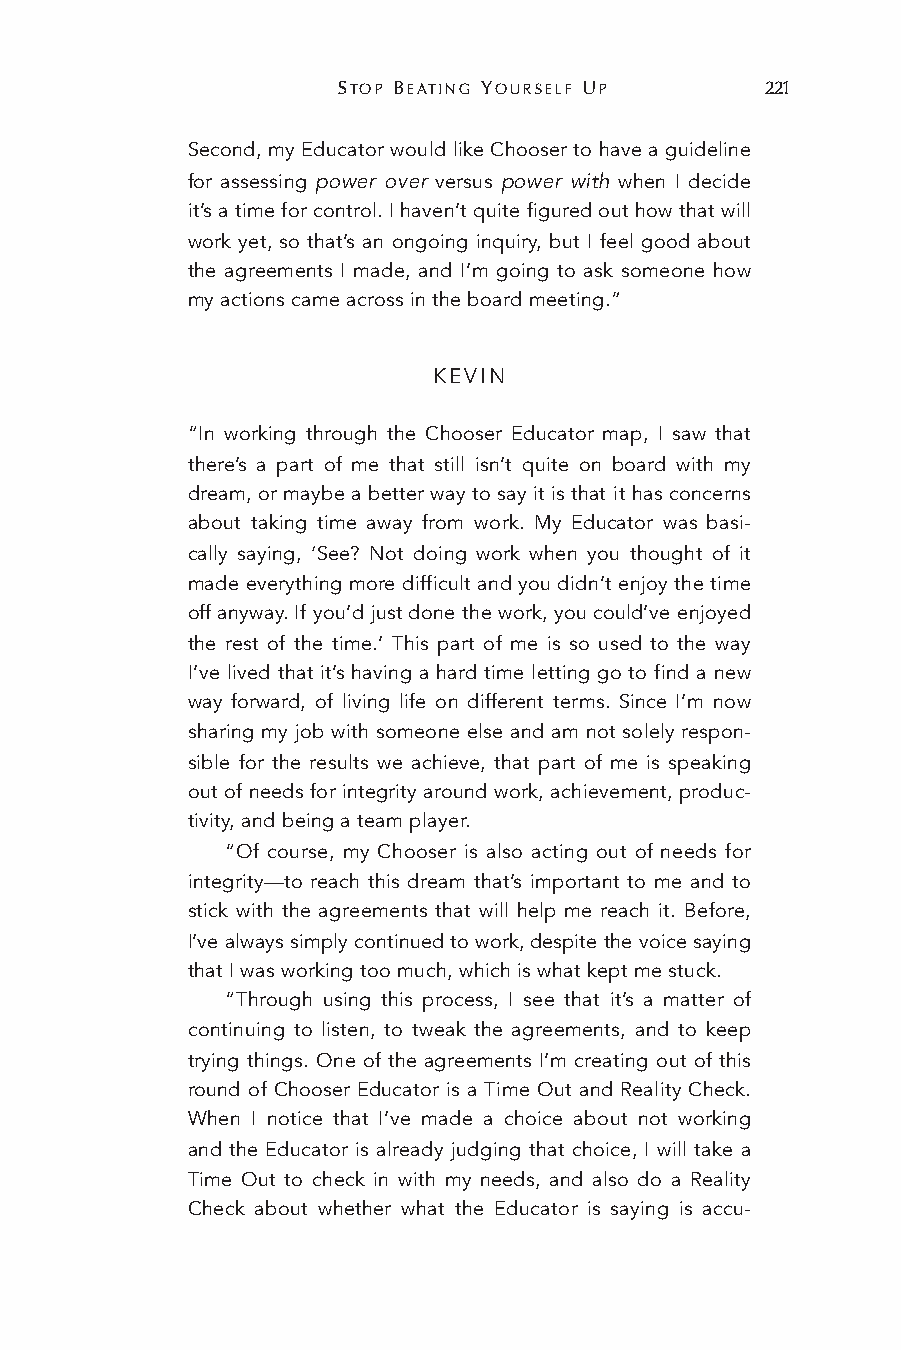
STOP BEATING YOURSELF UP     221
 Second, my Educator would like Chooser to have a guideline
 for assessing power over versus power with when I decide
 it’s a time for control. I haven’t quite figured out how that will
 work yet, so that’s an ongoing inquiry, but I feel good about
 the agreements I made, and I’m going to ask someone how
 my actions came across in the board meeting.”
 KEVIN
 “In working through the Chooser Educator map, I saw that
 there’s a part of me that still isn’t quite on board with my
 dream, or maybe a better way to say it is that it has concerns
 about taking time away from work. My Educator was basi-
 cally saying, ‘See? Not doing work when you thought of it
 made everything more difficult and you didn’t enjoy the time
 off anyway. If you’d just done the work, you could’ve enjoyed
 the rest of the time.’ This part of me is so used to the way
 I’ve lived that it’s having a hard time letting go to find a new
 way forward, of living life on different terms. Since I’m now
 sharing my job with someone else and am not solely respon-
 sible for the results we achieve, that part of me is speaking
 out of needs for integrity around work, achievement, produc-
 tivity, and being a team player.
 “Of course, my Chooser is also acting out of needs for
 integrity—to reach this dream that’s important to me and to
 stick with the agreements that will help me reach it. Before,
 I’ve always simply continued to work, despite the voice saying
 that I was working too much, which is what kept me stuck.
 “Through using this process, I see that it’s a matter of
 continuing to listen, to tweak the agreements, and to keep
 trying things. One of the agreements I’m creating out of this
 round of Chooser Educator is a Time Out and Reality Check.
 When I notice that I’ve made a choice about not working
 and the Educator is already judging that choice, I will take a
 Time Out to check in with my needs, and also do a Reality
 Check about whether what the Educator is saying is accu-